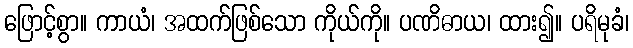
ဖြောင့်စွာ။ ကာယံ၊ အထက်ဖြစ်သော ကိုယ်ကို။ ပဏိဓာယ၊ ထား၍။ ပရိမုခံ၊